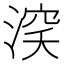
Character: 𰜞